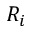
R _ { i }